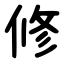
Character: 修